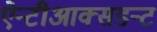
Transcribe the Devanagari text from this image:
ऐन्टीआक्सडन्ट